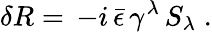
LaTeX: \delta R=\, -i\, \bar{\epsilon}\, \gamma^{\lambda}\, S_{\lambda}\; .